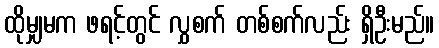
ထိုမျှမက ဖရင့်တွင် လွှစက် တစ်စက်လည်း ရှိဦးမည်။